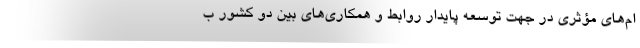
ام‌های مؤثری در جهت توسعه پایدار روابط و همکاری‌های بین دو کشور ب